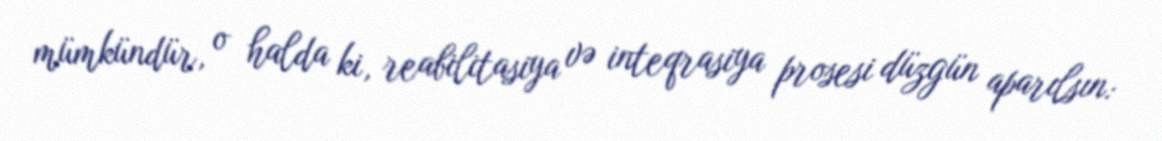
mümkündür, o halda ki, reabilitasiya və inteqrasiya prosesi düzgün aparılsın: